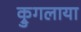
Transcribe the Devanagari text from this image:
क्रुगलाया